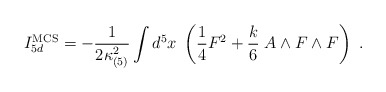
\begin{align*}I_{5d}^{\rm MCS} = -{1\over 2\kappa_{(5)}^2} \int d^5x \; \left({1\over 4} F^2 + {k \over 6}\; A\wedge F\wedge F \right)\ .\end{align*}